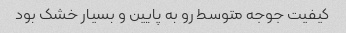
کیفیت جوجه متوسط رو به پایین و بسیار خشک بود